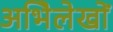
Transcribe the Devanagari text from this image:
अभिेलेखों